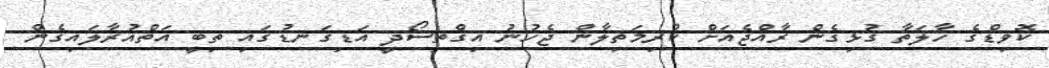
ކޮވިޑްގެ ހާލަތާ ގުޅިގެން ރާއްޖެއަށް ކުރިމަތިލާން ޖެހުނު އިގްތިސޯދީ އަޑިގަނޑުގައި ތިބީ އަތްއުރާލައިގެން